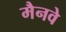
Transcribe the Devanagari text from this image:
मैनवे